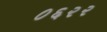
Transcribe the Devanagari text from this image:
०६२२